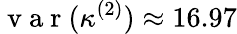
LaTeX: \mathrm{~v~a~r~}(\kappa^{(2)})\approx 16.97